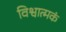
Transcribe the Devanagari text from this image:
विश्वात्मकं